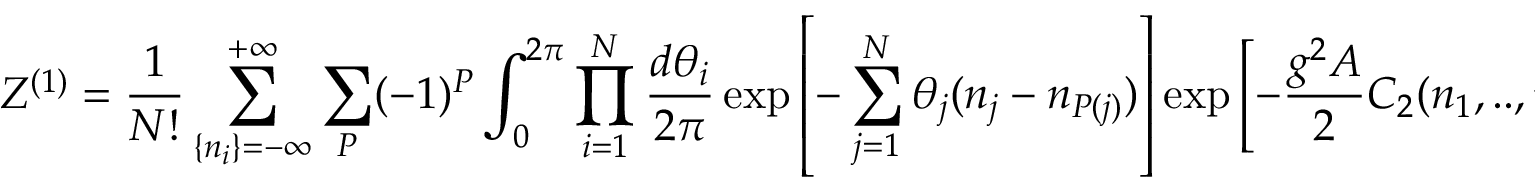
{ \cal Z } ^ { ( 1 ) } = \frac { 1 } { N ! } \sum _ { \{ n _ { i } \} = - \infty } ^ { + \infty } \sum _ { P } ( - 1 ) ^ { P } \int _ { 0 } ^ { 2 \pi } \prod _ { i = 1 } ^ { N } \frac { d \theta _ { i } } { 2 \pi } \exp \left[ - \sum _ { j = 1 } ^ { N } \theta _ { j } ( n _ { j } - n _ { P ( j ) } ) \right] \exp \left[ - { \frac { g ^ { 2 } A } { 2 } } C _ { 2 } ( n _ { 1 } , . . , n _ { N } ) \right] ,